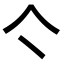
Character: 亽